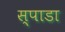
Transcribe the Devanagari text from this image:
स्पाडा